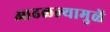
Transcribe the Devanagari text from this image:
आढळल्यामुळें